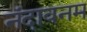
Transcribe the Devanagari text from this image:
नंदावनम